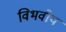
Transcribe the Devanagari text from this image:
विभवीय